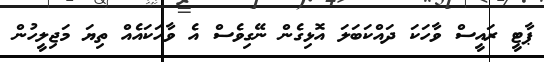
ޕާޓީ ރައީސް ވާހަކަ ދައްކަބަލަ އޮޅިގެން ނޭގިވެސް އެ ވާހަކައެއް ތިޔަ މަޖިލީހުން